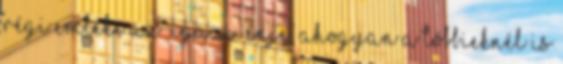
régi emléke az “igazi” énje, ahogyan a többieknél is